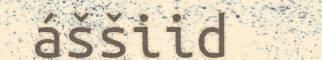
áššiid